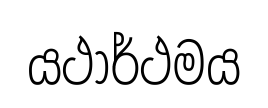
යථාර්ථමය